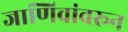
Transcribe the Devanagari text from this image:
जाणिवांवरून